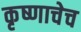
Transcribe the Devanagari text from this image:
कृष्णाचेच